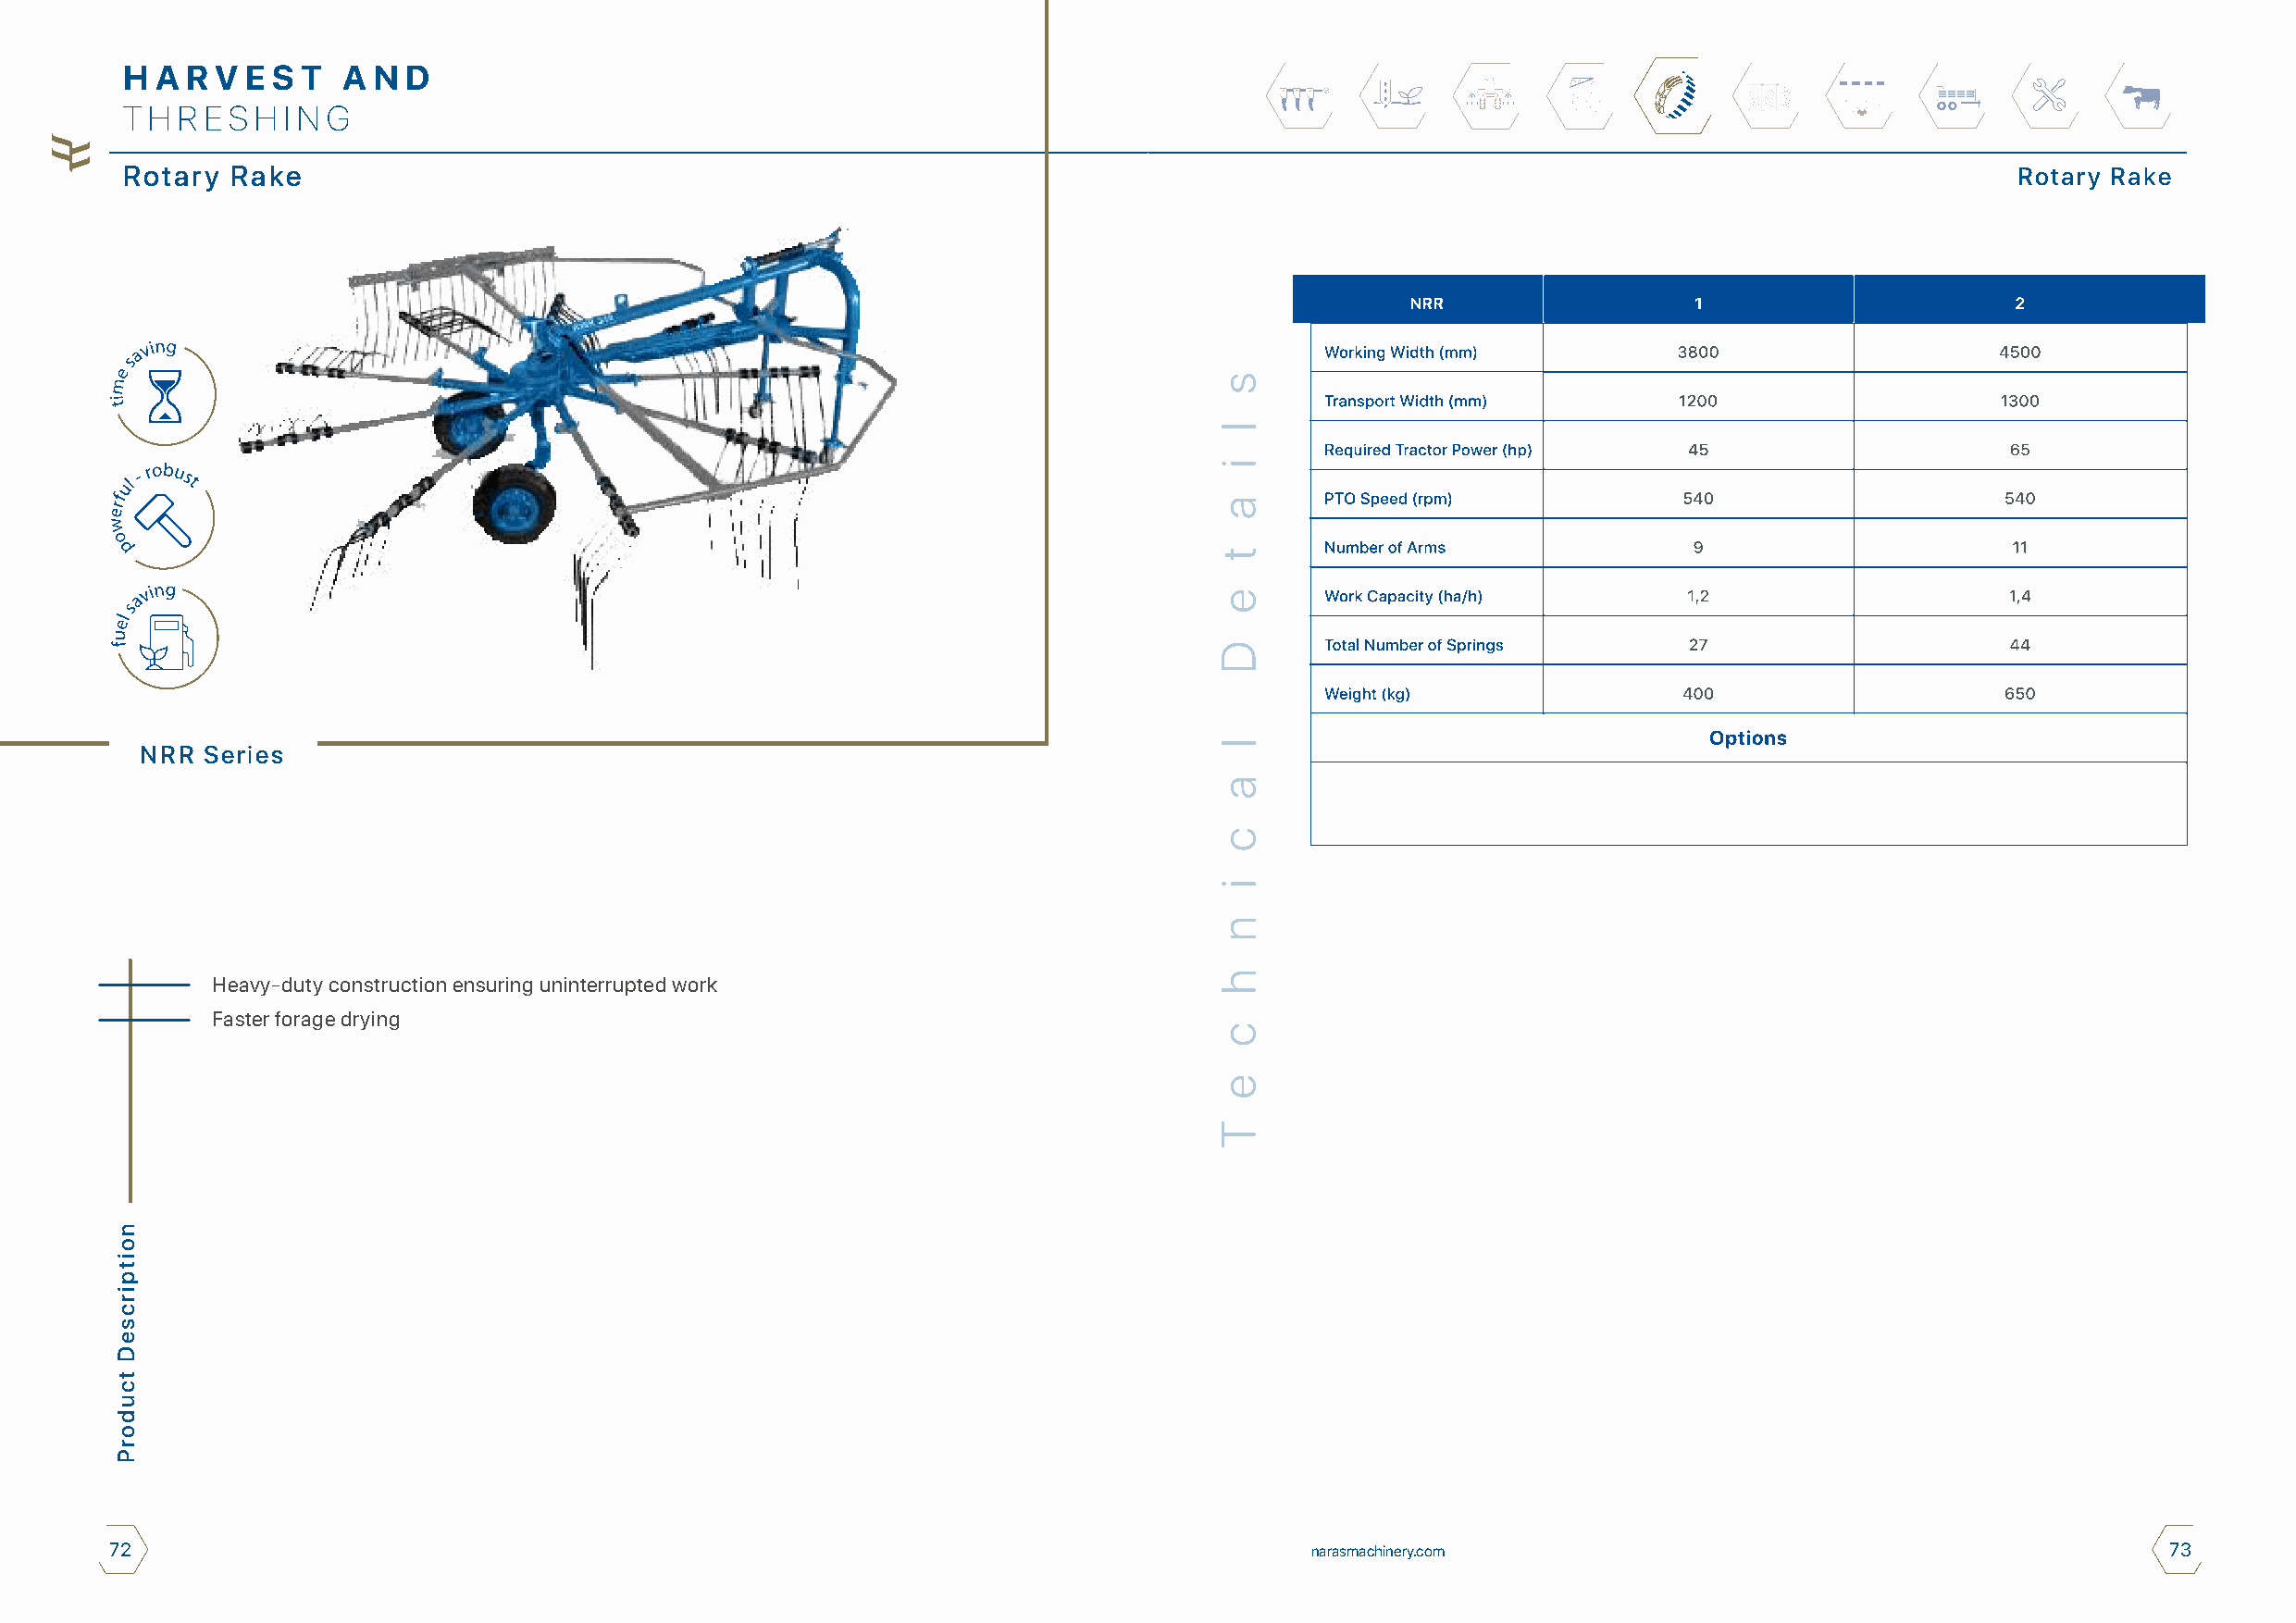
H A R V  E S T  A N D
 T H R E S H I N G
 Rotary  Rake                                                                                                                           Rotary Rake
 NRR  Series
 Heavy-duty construction ensuring uninterrupted work
 Faster forage drying
 72                                                                                    narasmachinery.com                                           73
 noitpircseD
 tcudorP
 s
 l
 i
 a
 t
 e
 D
 l
 a
 c
 i
 n
 h
 c
 e
 T